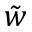
\tilde { w }